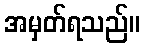
အမှတ်ရသည်။